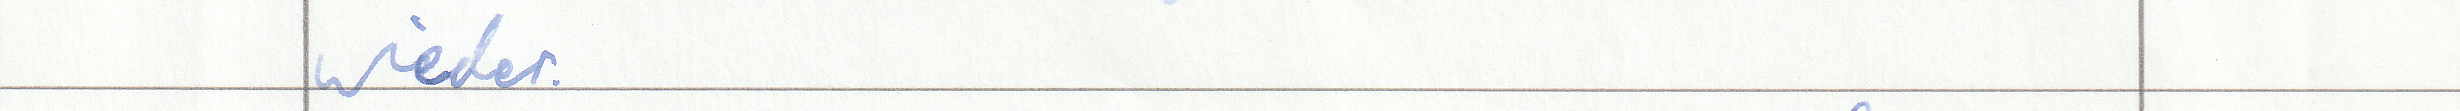
wieder.